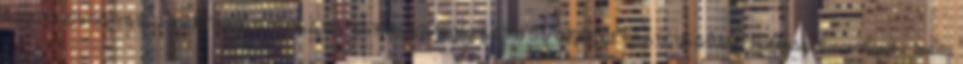
ÉSZAK-DUNÁNTÚLI KÖRNYEZETVÉDELMI, TERMÉSZETVÉDELMI ÉS VÍZÜGYI FELÜGYELŐSÉG Hatósági Engedélyezési Iroda